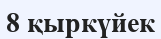
8 қыркүйек